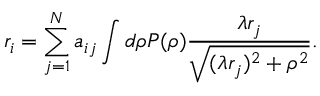
r _ { i } = \sum _ { j = 1 } ^ { N } a _ { i j } \int d \rho P ( \rho ) \frac { \lambda r _ { j } } { \sqrt { ( \lambda r _ { j } ) ^ { 2 } + \rho ^ { 2 } } } .